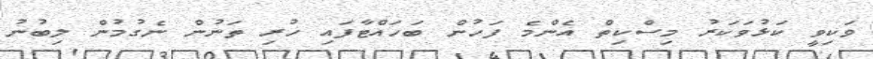
ވަކިވީ ކަޅުވަކަރު މިސްކިތް އެންމެ ފަހުން ބަހައްޓާފައި ހުރި ތަނުން ނެގުމުން ލިބުނު